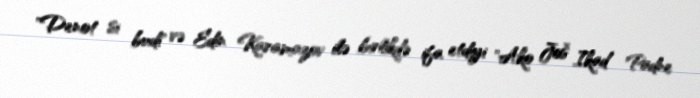
"Denot si budi" və Edin Karamazov ilə birlikdə ifa etdiyi "Ako Još Ikad Padne